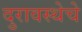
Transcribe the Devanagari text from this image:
दुरावस्थेचे